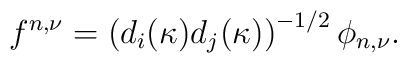
f^{n, \nu } = \left ( d_i (\kappa ) d_j (\kappa ) \right )^{-1/2 }\phi_{n,\nu }.